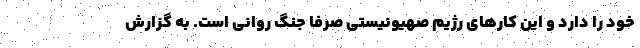
خود را دارد و این کارهای رژیم صهیونیستی صرفاً جنگ روانی است. به گزارش